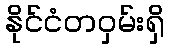
နိုင်ငံတဝှမ်းရှိ